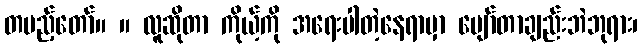
တပည့်တော်။ ။ လူဆိုတာ ကိုယ့်ကို အရေးပါတဲ့နေရာမှာ ပျော်တာချည်းဘဲဘုရား၊